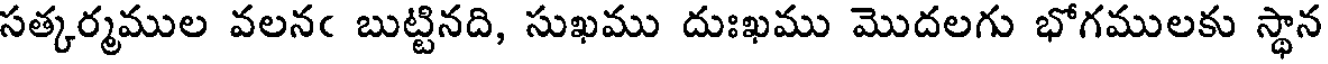
సత్కర్మముల వలనఁ బుట్టినది, సుఖము దుఃఖము మొదలగు భోగములకు స్థాన